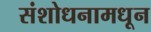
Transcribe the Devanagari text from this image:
संशोधनामधून